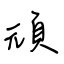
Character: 頑